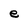
Character: e